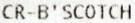
CR-B'SCOTCH